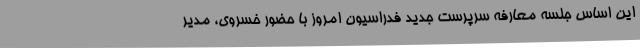
این اساس جلسه معارفه سرپرست جدید فدراسیون امروز با حضور خسروی، مدیر